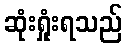
ဆုံးရှုံးရသည်